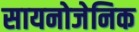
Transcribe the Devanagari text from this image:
सायनोजेनिक